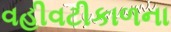
વહીવટીકાળના